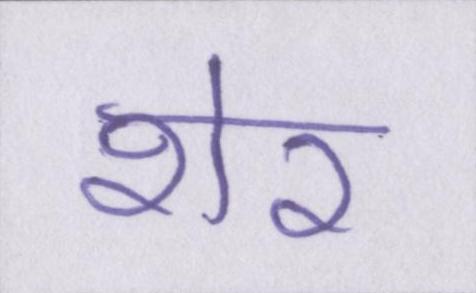
शेर